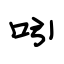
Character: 吲